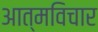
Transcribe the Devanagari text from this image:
आत्मविचार